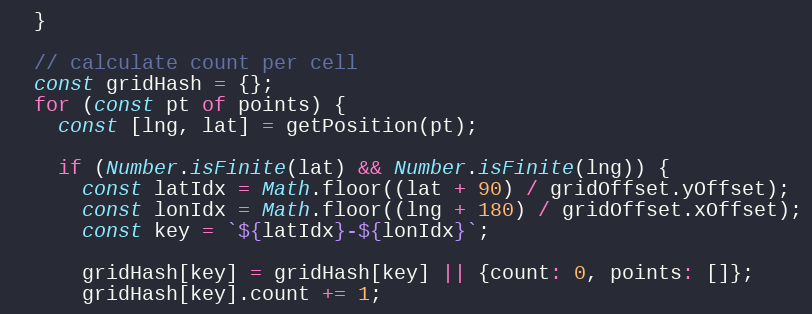
Language: JavaScript
  }

  // calculate count per cell
  const gridHash = {};
  for (const pt of points) {
    const [lng, lat] = getPosition(pt);

    if (Number.isFinite(lat) && Number.isFinite(lng)) {
      const latIdx = Math.floor((lat + 90) / gridOffset.yOffset);
      const lonIdx = Math.floor((lng + 180) / gridOffset.xOffset);
      const key = `${latIdx}-${lonIdx}`;

      gridHash[key] = gridHash[key] || {count: 0, points: []};
      gridHash[key].count += 1;